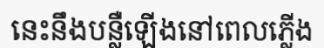
នេះនឹងបន្លឺឡើងនៅពេលភ្លើង